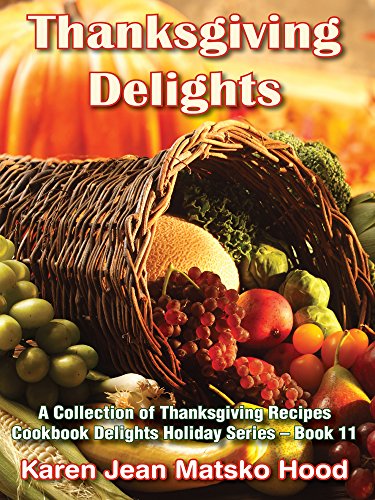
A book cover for Thanksgiving Delights Cookbook: A Collection of Thanksgiving Recipes (Cookbook Delights Holiday); Karen Jean Matsko Hood; Cookbooks, Food & Wine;